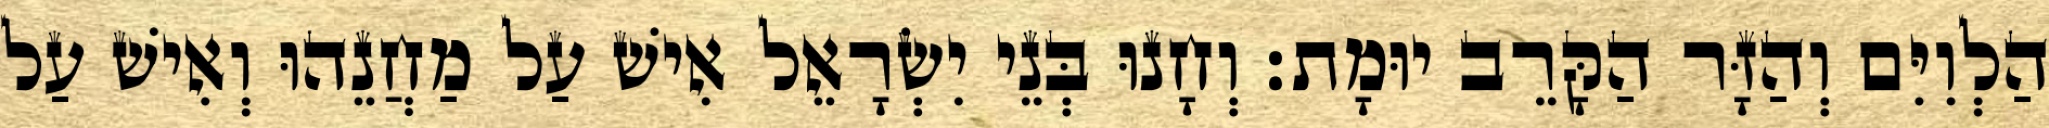
הַלְוִיִּם וְהַזָּר הַקָּרֵב יוּמָת׃ וְחָנוּ בְּנֵי יִשְׂרָאֵל אִישׁ עַל מַחֲנֵהוּ וְאִישׁ עַל